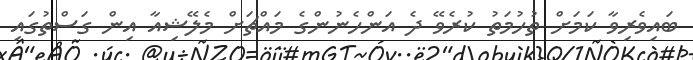
ބައިވެރިވާ ކަމަށް ތުހުމަތު ކުރެވޭ ދެ އަންހެނުންގެ މައްޗަށް މެލޭޝިއާ އިން ގަސްތުގައި